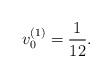
LaTeX: \begin{align*}v^{(1)}_0=\frac{1}{12}.\end{align*}